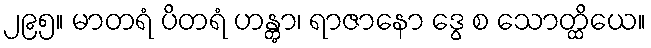
၂၉၅။ မာတရံ ပိတရံ ဟန္တွာ၊ ရာဇာနော ဒွေ စ သောတ္ထိယေ။